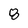
Character: 8